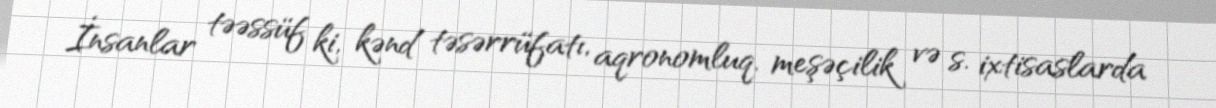
İnsanlar təəssüf ki, kənd təsərrüfatı, aqronomluq, meşəçilik və s. ixtisaslarda